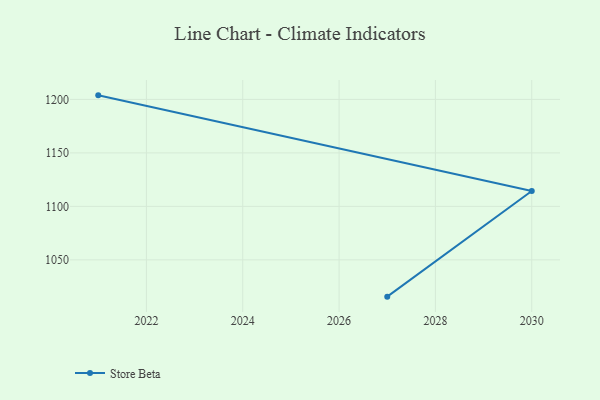
{"axis": {"x": "Year", "y": "Production Output"}, "legend": ["Store Beta"], "data": [{"x": "2021", "y": 1203.8, "type": "Store Beta"}, {"x": "2030", "y": 1114.4, "type": "Store Beta"}, {"x": "2027", "y": 1015.6, "type": "Store Beta"}]}